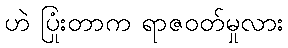
ဟဲ ပြုံးတာက ရာဇဝတ်မှုလား